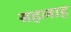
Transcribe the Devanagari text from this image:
सहलाह